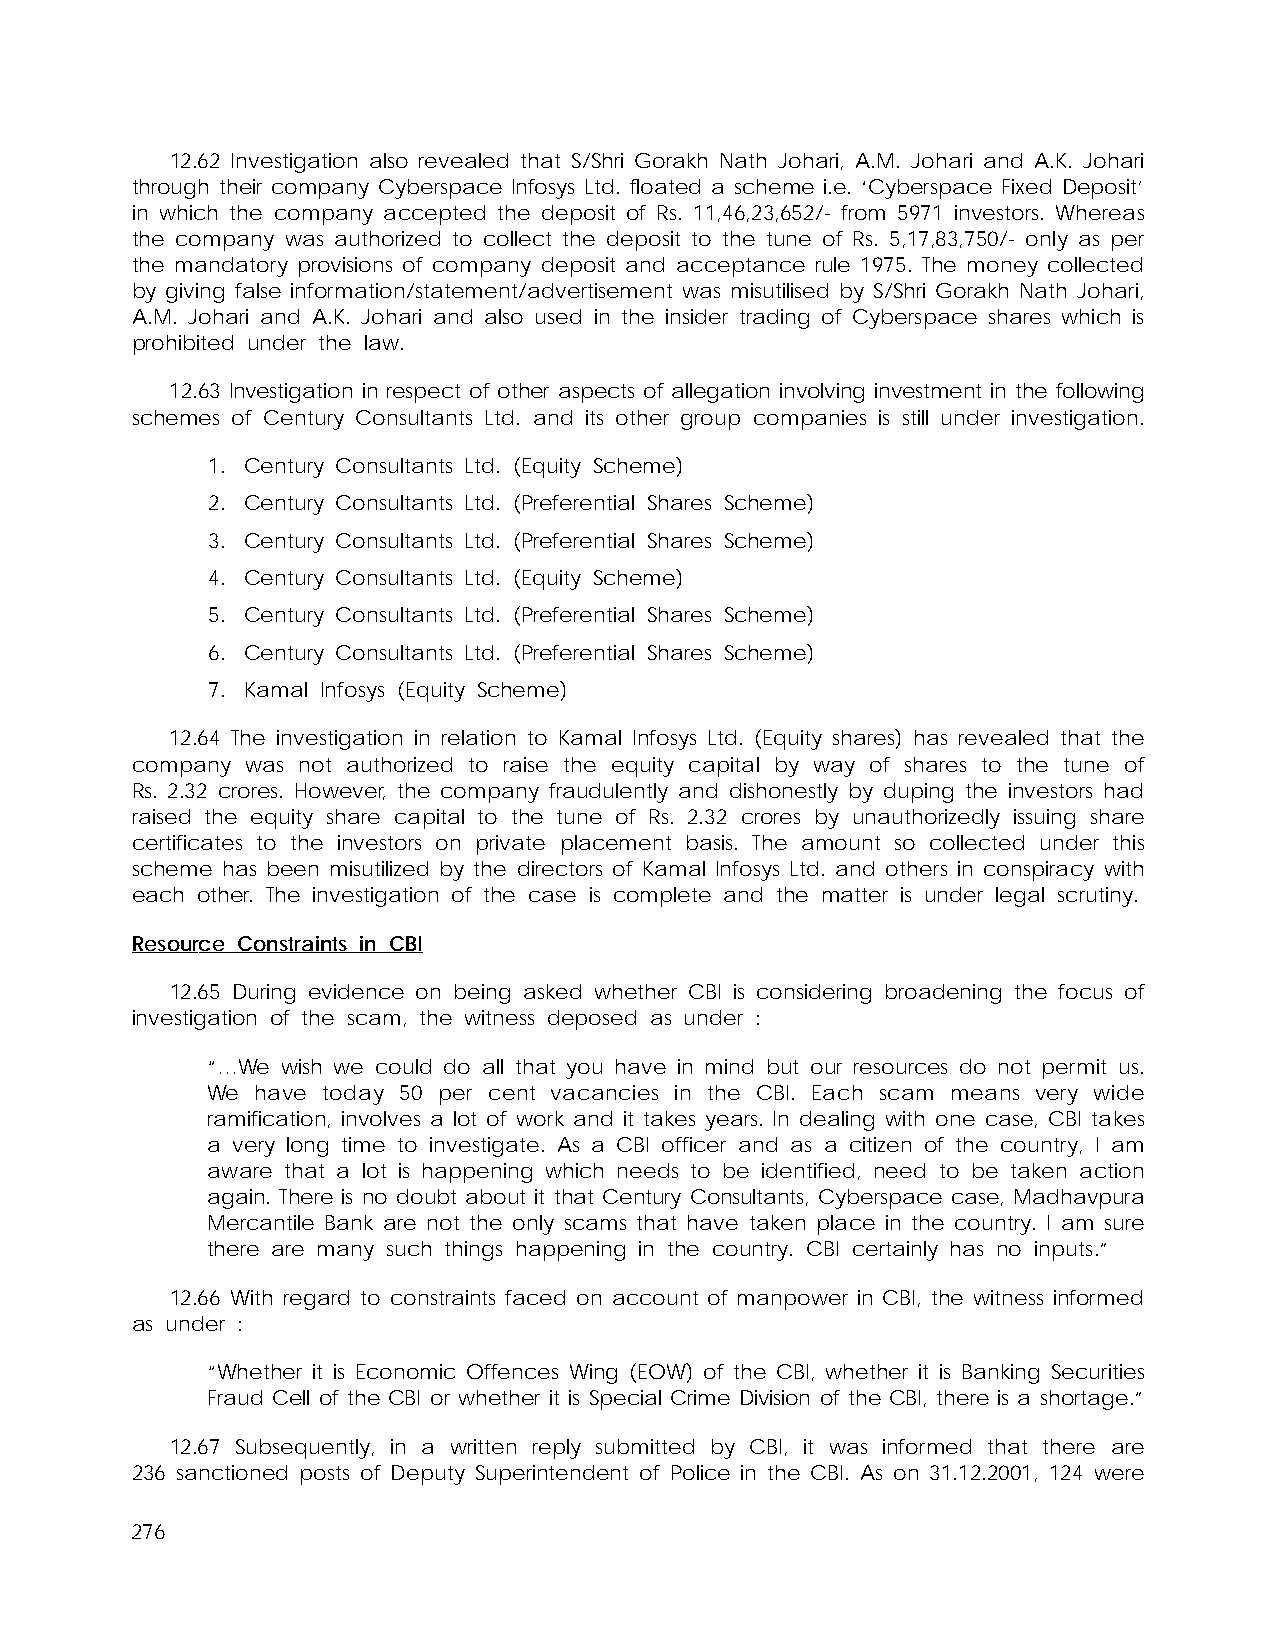
12.62 Investigation also revealed that S/Shri Gorakh Nath Johari, A.M. Johari and A.K. Johari
 through their company Cyberspace Infosys Ltd. floated a scheme i.e. ‘Cyberspace Fixed Deposit’
 in which the company accepted the deposit of Rs. 11,46,23,652/- from 5971 investors. Whereas
 the company was authorized to collect the deposit to the tune of Rs. 5,17,83,750/- only as per
 the mandatory provisions of company deposit and acceptance rule 1975. The money collected
 by giving false information/statement/advertisement was misutilised by S/Shri Gorakh Nath Johari,
 A.M. Johari and A.K. Johari and also used in the insider trading of Cyberspace shares which is
 prohibited under the law.
 12.63 Investigation in respect of other aspects of allegation involving investment in the following
 schemes of Century Consultants Ltd. and its other group companies is still under investigation.
 1. Century Consultants Ltd. (Equity Scheme)
 2. Century Consultants Ltd. (Preferential Shares Scheme)
 3. Century Consultants Ltd. (Preferential Shares Scheme)
 4. Century Consultants Ltd. (Equity Scheme)
 5. Century Consultants Ltd. (Preferential Shares Scheme)
 6. Century Consultants Ltd. (Preferential Shares Scheme)
 7. Kamal Infosys (Equity Scheme)
 12.64 The investigation in relation to Kamal Infosys Ltd. (Equity shares) has revealed that the
 company was not authorized to raise the equity capital by way of shares to the tune of
 Rs. 2.32 crores. However, the company fraudulently and dishonestly by duping the investors had
 raised the equity share capital to the tune of Rs. 2.32 crores by unauthorizedly issuing share
 certificates to the investors on private placement basis. The amount so collected under this
 scheme has been misutilized by the directors of Kamal Infosys Ltd. and others in conspiracy with
 each other. The investigation of the case is complete and the matter is under legal scrutiny.
 Resource Constraints in CBI
 12.65 During evidence on being asked whether CBI is considering broadening the focus of
 investigation of the scam, the witness deposed as under :
 “…We wish we could do all that you have in mind but our resources do not permit us.
 We have today 50 per cent vacancies in the CBI. Each scam means very wide
 ramification, involves a lot of work and it takes years. In dealing with one case, CBI takes
 a very long time to investigate. As a CBI officer and as a citizen of the country, I am
 aware that a lot is happening which needs to be identified, need to be taken action
 again. There is no doubt about it that Century Consultants, Cyberspace case, Madhavpura
 Mercantile Bank are not the only scams that have taken place in the country. I am sure
 there are many such things happening in the country. CBI certainly has no inputs.”
 12.66 With regard to constraints faced on account of manpower in CBI, the witness informed
 as under :
 “Whether it is Economic Offences Wing (EOW) of the CBI, whether it is Banking Securities
 Fraud Cell of the CBI or whether it is Special Crime Division of the CBI, there is a shortage.”
 12.67 Subsequently, in a written reply submitted by CBI, it was informed that there are
 236 sanctioned posts of Deputy Superintendent of Police in the CBI. As on 31.12.2001, 124 were
 276